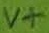
Text: V+